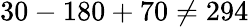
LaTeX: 30-180+70\neq 294